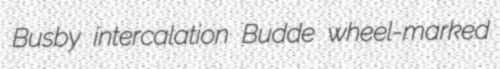
Busby intercalation Budde wheel-marked